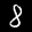
Label: 8